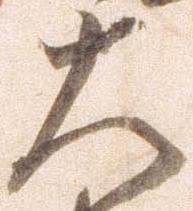
大